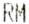
RM